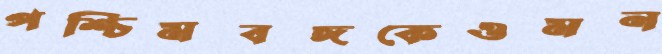
পশ্চিমবঙ্গকেওমন